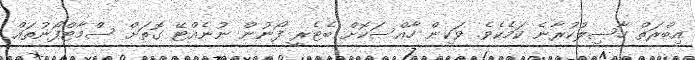
އިބްރަތް ހާސިލުކުރާނެ ކަމެކެވެ. ވަކިން ހާއްސަކޮށް ބެޓެރީ ފޯނުން ނުނެއްޓޭ ގޮތަށް ސްމާޓްފޯނުތައް